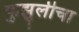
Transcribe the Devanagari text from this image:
फुझुलीचा